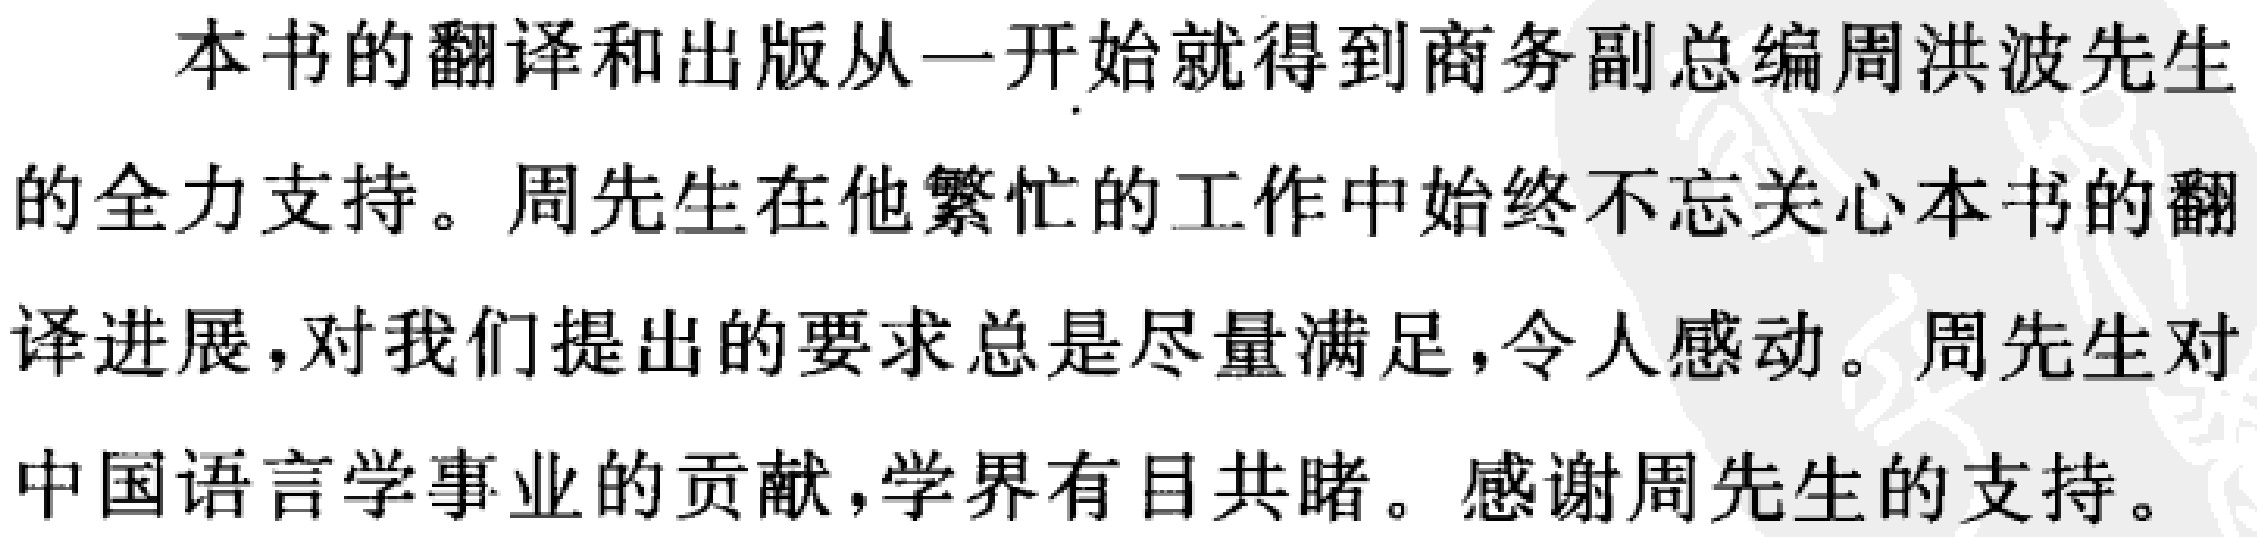
本书的翻译和出版从一开始就得到商务副总编周洪波先生的全力支持。周先生在他繁忙的工作中始终不忘关心本书的翻译进展，对我们提出的要求总是尽量满足，令人感动。周先生对中国语言学事业的贡献，学界有目共睹。感谢周先生的支持。